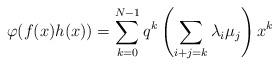
LaTeX: \begin{align*}\varphi(f(x)h(x))=\sum_{k=0}^{N-1}q^{k}\left (\sum_{i+j=k}\lambda_{i}\mu_{j}\right )x^{k}\end{align*}